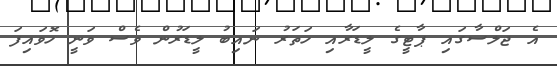
އެ ޖަލްސާގައި ޕާޓީގެ ލީޑަރާއި ހަތަރު ނައިބު ލީޑަރުން ވެސް ވަނީ ހޮވައިފަ